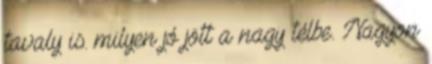
tavaly is. milyen jó jött a nagy télbe. Nagyon